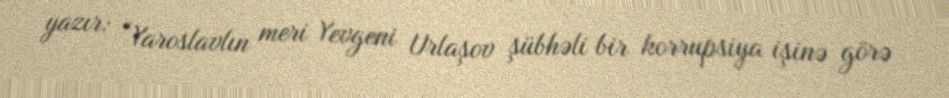
yazır: “Yaroslavlın meri Yevgeni Urlaşov şübhəli bir korrupsiya işinə görə